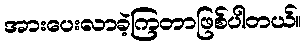
အားပေးလာခဲ့ကြတာဖြစ်ပါတယ်။